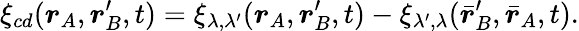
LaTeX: \xi_{cd}(\boldsymbol{r}_{A},\boldsymbol{r}_{B}^{\prime},t)=\xi_{\lambda,\lambda^{\prime}}(\boldsymbol{r}_{A},\boldsymbol{r}_{B}^{\prime},t)-\xi_{\lambda^{\prime},\lambda}(\bar{\boldsymbol{r}}_{B}^{\prime},\bar{\boldsymbol{r}}_{A},t).